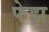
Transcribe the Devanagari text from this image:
फेझ